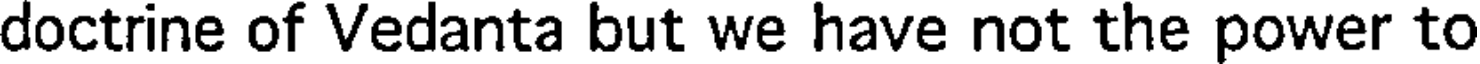
doctrine of Vedanta but we have not the power to